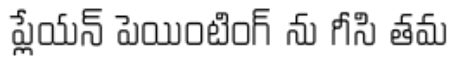
ప్లేయన్ పెయింటింగ్ ను గీసి తమ